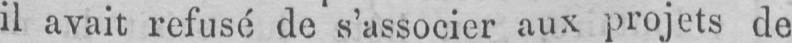
il avait refusé de s’associer aux projets de